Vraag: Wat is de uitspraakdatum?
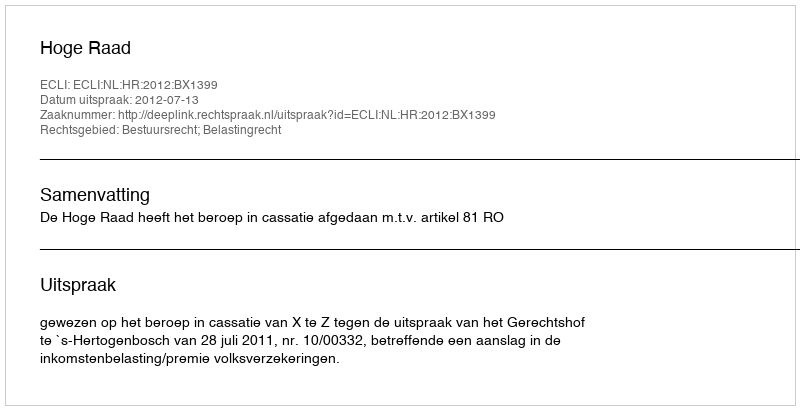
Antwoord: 2012-07-13